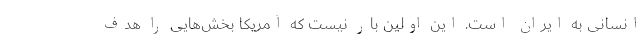
انسانی به ایران است. این اولین بار نیست که آمریکا بخش‌هایی را هدف